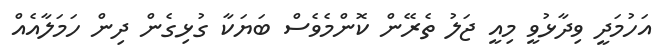
އަހުމަދީ ވިދާޅުވީ މިއީ ޖަލު ތެރޭން ކޮންމެވެސް ބަޔަކާ ގުޅިގެން ދިން ހަމަލާއެއް